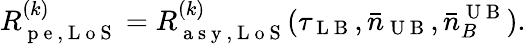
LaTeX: R_{\mathrm{~p~e~,~L~o~S~}}^{(k)}=R_{\mathrm{~a~s~y~,~L~o~S~}}^{(k)}(\tau_{\mathrm{~L~B~}},\bar{n}_{\mathrm{~U~B~}},\bar{n}_{B}^{\mathrm{~U~B~}}).